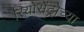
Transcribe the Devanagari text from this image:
रियोसेंट्रोच्या